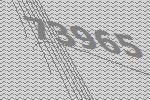
73965